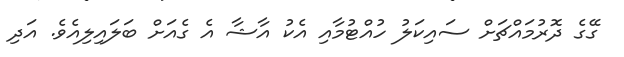
ގޭގެ ދޮރުމައްޗަށް ސައިކަލު ހުއްޓުމާއި އެކު އާޝާ އެ ގެއަށް ބަލައިލިއެވެ. އަދި